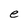
Character: e